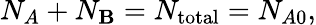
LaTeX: N_{A}+N_{\mathbf{B}}=N_{\mathrm{{total}}}=N_{A0},